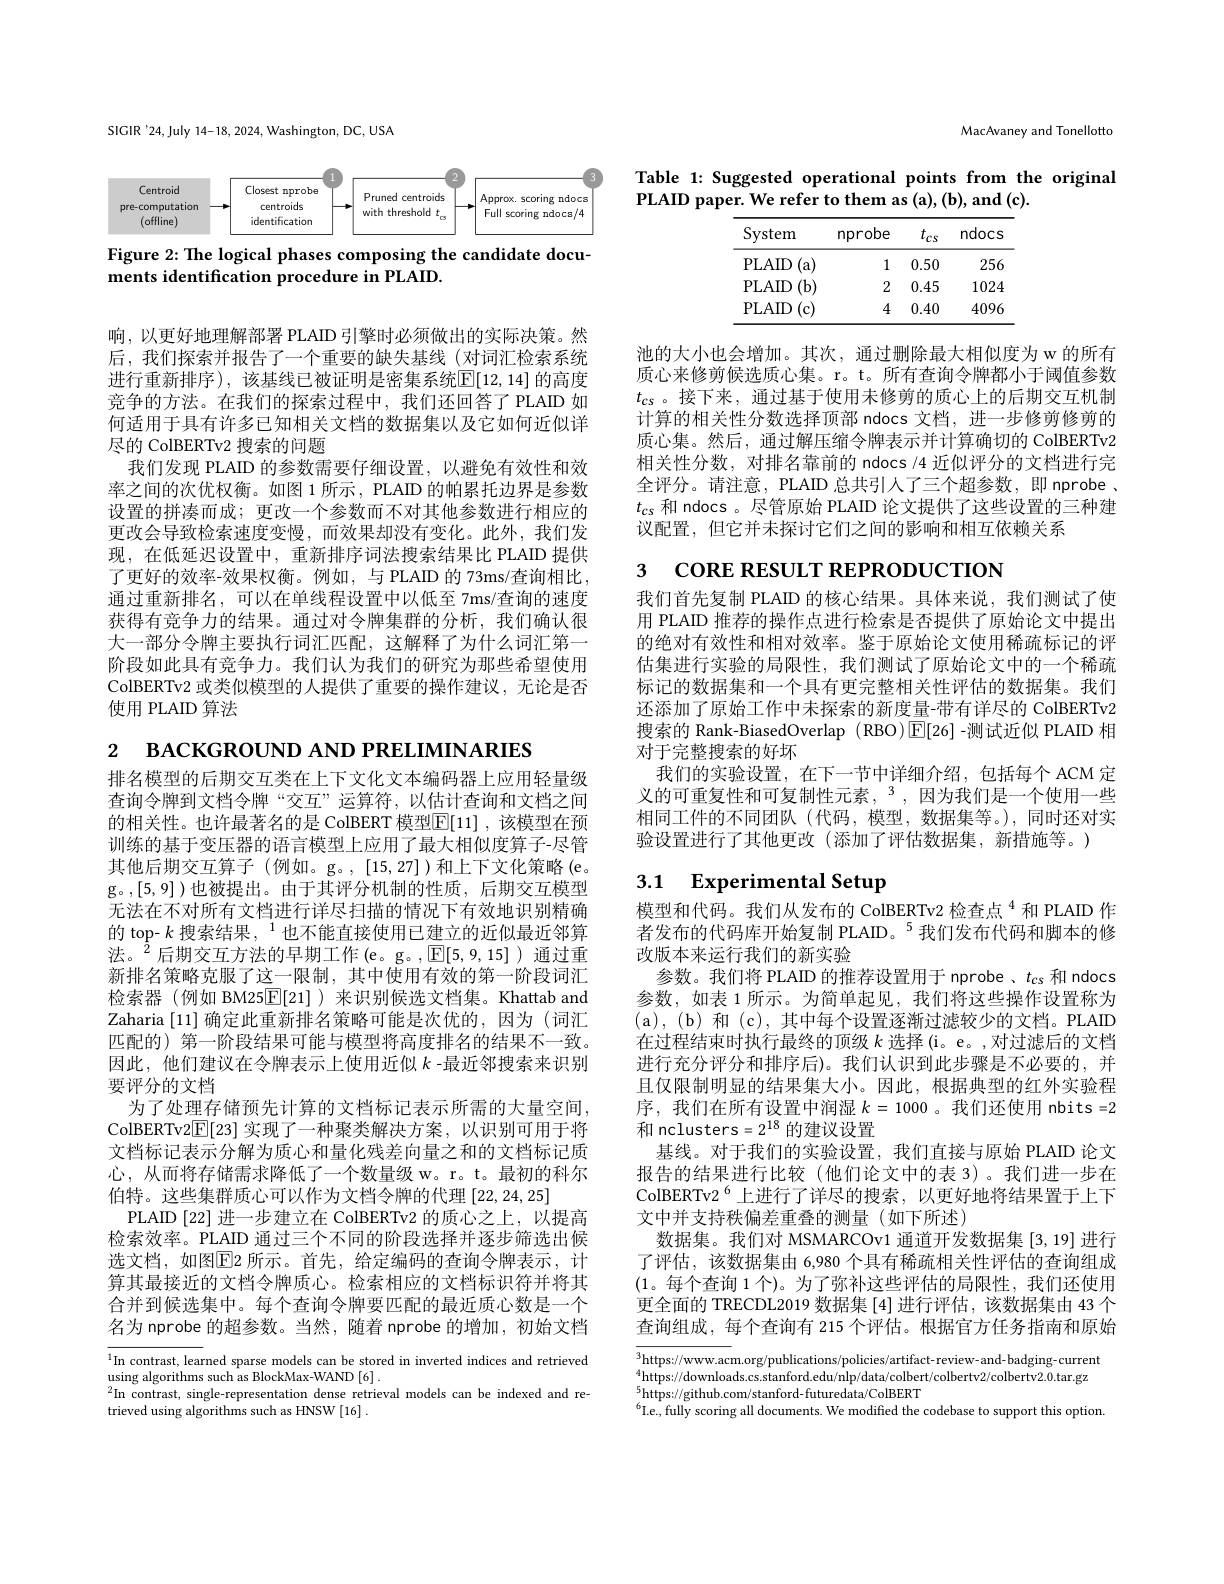
$_{2}$ вАСКGROUND AND РRELIMINARIES
排名模型的后期交互类在上下文化文本编码器上应用轻量级查询令牌到文档令牌“交互”运算符，以估计查询和文档之间的相关性。也许最著名的是 ColBERT 模型$\boxed{\mathrm{E}}[11]$ ,该模型在预训练的基于变压器的语言模型上应用了最大相似度算子-尽管其他后期交互算子(例如。g。,[15,27])和上下文化策略(e。g。,[5,9])也被提出。由于其评分机制的性质，后期交互模型无法在不对所有文档进行详尽扫描的情况下有效地识别精确的 top- $k\text{ 搜索结果，}^{1}$也不能直接使用已建立的近似最近邻算$\text{法。}^{2}$后期交互方法的早期工作(e。g。$,\boxed{\mathbb{E}}[5,9,15]$)通过重新排名策略克服了这一限制，其中使用有效的第一阶段词汇检索器 (例如 BM25$\boxed{\mathbb{E}[21]}$ )来识别候选文档集。Khattab and Zaharia [11] 确定此重新排名策略可能是次优的，因为 (词汇匹配的) 第一阶段结果可能与模型将高度排名的结果不一致。因此，他们建议在令牌表示上使用近似$k$ -最近邻搜索来识别要评分的文档
为了处理存储预先计算的文档标记表示所需的大量空间， ColBERTv2$\boxed{\mathbb{E}}[23]$实现了一种聚类解决方案，以识别可用于将文档标记表示分解为质心和量化残差向量之和的文档标记质心，从而将存储需求降低了一个数量级 w。r。t。最初的科尔伯特。这些集群质心可以作为文档令牌的代理[22,24,25]
PLAID [22] 进一步建立在 ColBERTv2 的质心之上，以提高检索效率。PLAID 通过三个不同的阶段选择并逐步筛选出候选文档，如图$\overline{\mathrm{E}}$2 所示。首先，给定编码的查询令牌表示，计算其最接近的文档令牌质心。检索相应的文档标识符并将其合并到候洗集中。每个香询今牌要匹配的最近质心数是一个名为 nprobe 的超参数。当然，随着 nprobe 的增加，初始文档

$^{1}$In contrast, learned sparse models can be stored in inverted indices and retrieved
$\operatorname*{using}_{2}$algorithms such as BlockMax-WAND[6].
$^{2}$In contrast, single-representation dense retrieval models can be indexed and re-
trieved using algorithms such as HNSW [16] .

SIGIR'24,July 14-18, 2024, Washington, DC, USA

<FigureHere>

Figure 2: The logical phases composing the candidate docu-
ments identification procedure in PLAID.

响，以更好地理解部署 PLAID 引擎时必须做出的实际决策。然后，我们探索并报告了一个重要的缺失基线(对词汇检索系统进行重新排序),该基线已被证明是密集系统$\mathbb{E}[12,14]$ 的高度竞争的方法。在我们的探索过程中，我们还回答了 PLAID 如何适用于具有许多已知相关文档的数据集以及它如何近似详尽的 ColBERTv2 搜索的问题
我们发现 PLAID 的参数需要仔细设置，以避免有效性和效率之间的次优权衡。如图 1 所示，PLAID 的帕累托边界是参数设置的拼凑而成；更改一个参数而不对其他参数进行相应的更改会导致检索速度变慢，而效果却没有变化。此外，我们发现，在低延迟设置中，重新排序词法搜索结果比 PLAID 提供了更好的效率-效果权衡。例如，与 PLAID 的 73ms/查询相比， 通过重新排名，可以在单线程设置中以低至 7ms/查询的速度获得有竞争力的结果。通过对令牌集群的分析，我们确认很大一部分令牌主要执行词汇匹配，这解释了为什么词汇第一阶段如此具有竞争力。我们认为我们的研究为那些希望使用ColBERTv2 或类似模型的人提供了重要的操作建议，无论是否使用 PLAID 算法

MacAvaney and Tonellotto

Table 1: Suggested operational points from the original
$\mathbf{PLAID~paper.~We~refer~to~them~as~(a),~(b),~and~(c).}$

<table>
	<tbody>
		<tr>
			<th>System</th>
			<th>nprobe</th>
			<th>$t_{cs}$</th>
			<th>ndocs</th>
		</tr>
		<tr>
			<td>PLAID a</td>
			<td>1</td>
			<td>0.50</td>
			<td>256</td>
		</tr>
		<tr>
			<td>PLAID $(\mathbf{b}$</td>
			<td>2</td>
			<td>0.45</td>
			<td>1024</td>
		</tr>
		<tr>
			<td>PLAID $(\mathbf{c})$</td>
			<td>4</td>
			<td>0.40</td>
			<td>4096</td>
		</tr>
	</tbody>
</table>

池的大小也会增加。其次，通过删除最大相似度为 w 的所有质心来修剪候选质心集。r。t。所有查询令牌都小于阈值参数$t_{\mathrm{cs}}$。接下来，通过基于使用未修剪的质心上的后期交互机制计算的相关性分数选择顶部 ndocs 文档，进一步修剪修剪的质心集。然后，通过解压缩令牌表示并计算确切的 ColBERTv2相关性分数，对排名靠前的 ndocs /4 近似评分的文档进行完全评分。请注意，PLAID 总共引人了三个超参数，即 nprobe . $t_{cs}$和 ndocs 。尽管原始 PLAID 论文提供了这些设置的三种建议配置，但它并未探讨它们之间的影响和相互依赖关系

з cone RESULT REPRODUCTION

我们首先复制 PLAID 的核心结果。具体来说，我们测试了使用 PLAID 推荐的操作点进行检索是否提供了原始论文中提出的绝对有效性和相对效率。鉴于原始论文使用稀疏标记的评估集进行实验的局限性，我们测试了原始论文中的一个稀疏标记的数据集和一个具有更完整相关性评估的数据集。我们还添加了原始工作中未探索的新度量-带有详尽的 ColBERTv2搜索的 Rank-BiasedOverlap (RBO)$\boxed{\mathbb{E}}[26]$ -测试近似 PLAID 相对于完整搜索的好坏
我们的实验设置，在下一节中详细介绍，包括每个 ACM 定义的可重复性和可复制性元素，$^3$,因为我们是一个使用一些相同工件的不同团队(代码，模型，数据集等。),同时还对实验设置进行了其他更改(添加了评估数据集，新措施等。)

# 3.1 Experimental Setup

模型和代码。我们从发布的 ColBERTv2 检查点$^{4}$和 PLAID 作者发布的代码库开始复制 PLAID。$^{5}$我们发布代码和脚本的修改版本来运行我们的新实验
参数。我们将 PLAID 的推荐设置用于 nprobe、$t_{cs}$和 ndocs 参数，如表 1 所示。为简单起见，我们将这些操作设置称为(a),(b) 和(c),其中每个设置逐渐过滤较少的文档。PLAID 在过程结束时执行最终的顶级$k$选择 (i。e。,对过滤后的文档进行充分评分和排序后)。我们认识到此步骤是不必要的，并且仅限制明显的结果集大小。因此，根据典型的红外实验程序，我们在所有设置中润湿$k=1000$。我们还使用 nbits=2和 nclusters$=2^{18}$的建议设置
基线。对于我们的实验设置，我们直接与原始 PLAID 论文报告的结果进行比较(他们论文中的表 3)。我们进一步在ColBERTv2$^{6}$上进行了详尽的搜索，以更好地将结果置于上下文中并支持秩偏差重叠的测量(如下所述)
数据集。我们对 MSMARCOv1 通道开发数据集 [3,19] 进行了评估，该数据集由 6,980 个具有稀疏相关性评估的查询组成(1。每个查询 1 个)。为了弥补这些评估的局限性，我们还使用更全面的 TRECDL2019 数据集 [4] 进行评估，该数据集由 43 个查询组成，每个查询有 215 个评估。根据官方任务指南和原始

$^3$https://www.acm.org/publications/policies/artifact- review-and-badging-current $^{5}$https://github.com/stanford-futuredata/ColBERT
$^{6}$I.e., fully scoring all documents. We modified the codebase to support this option